Rae_vallavalitsus, lk 72
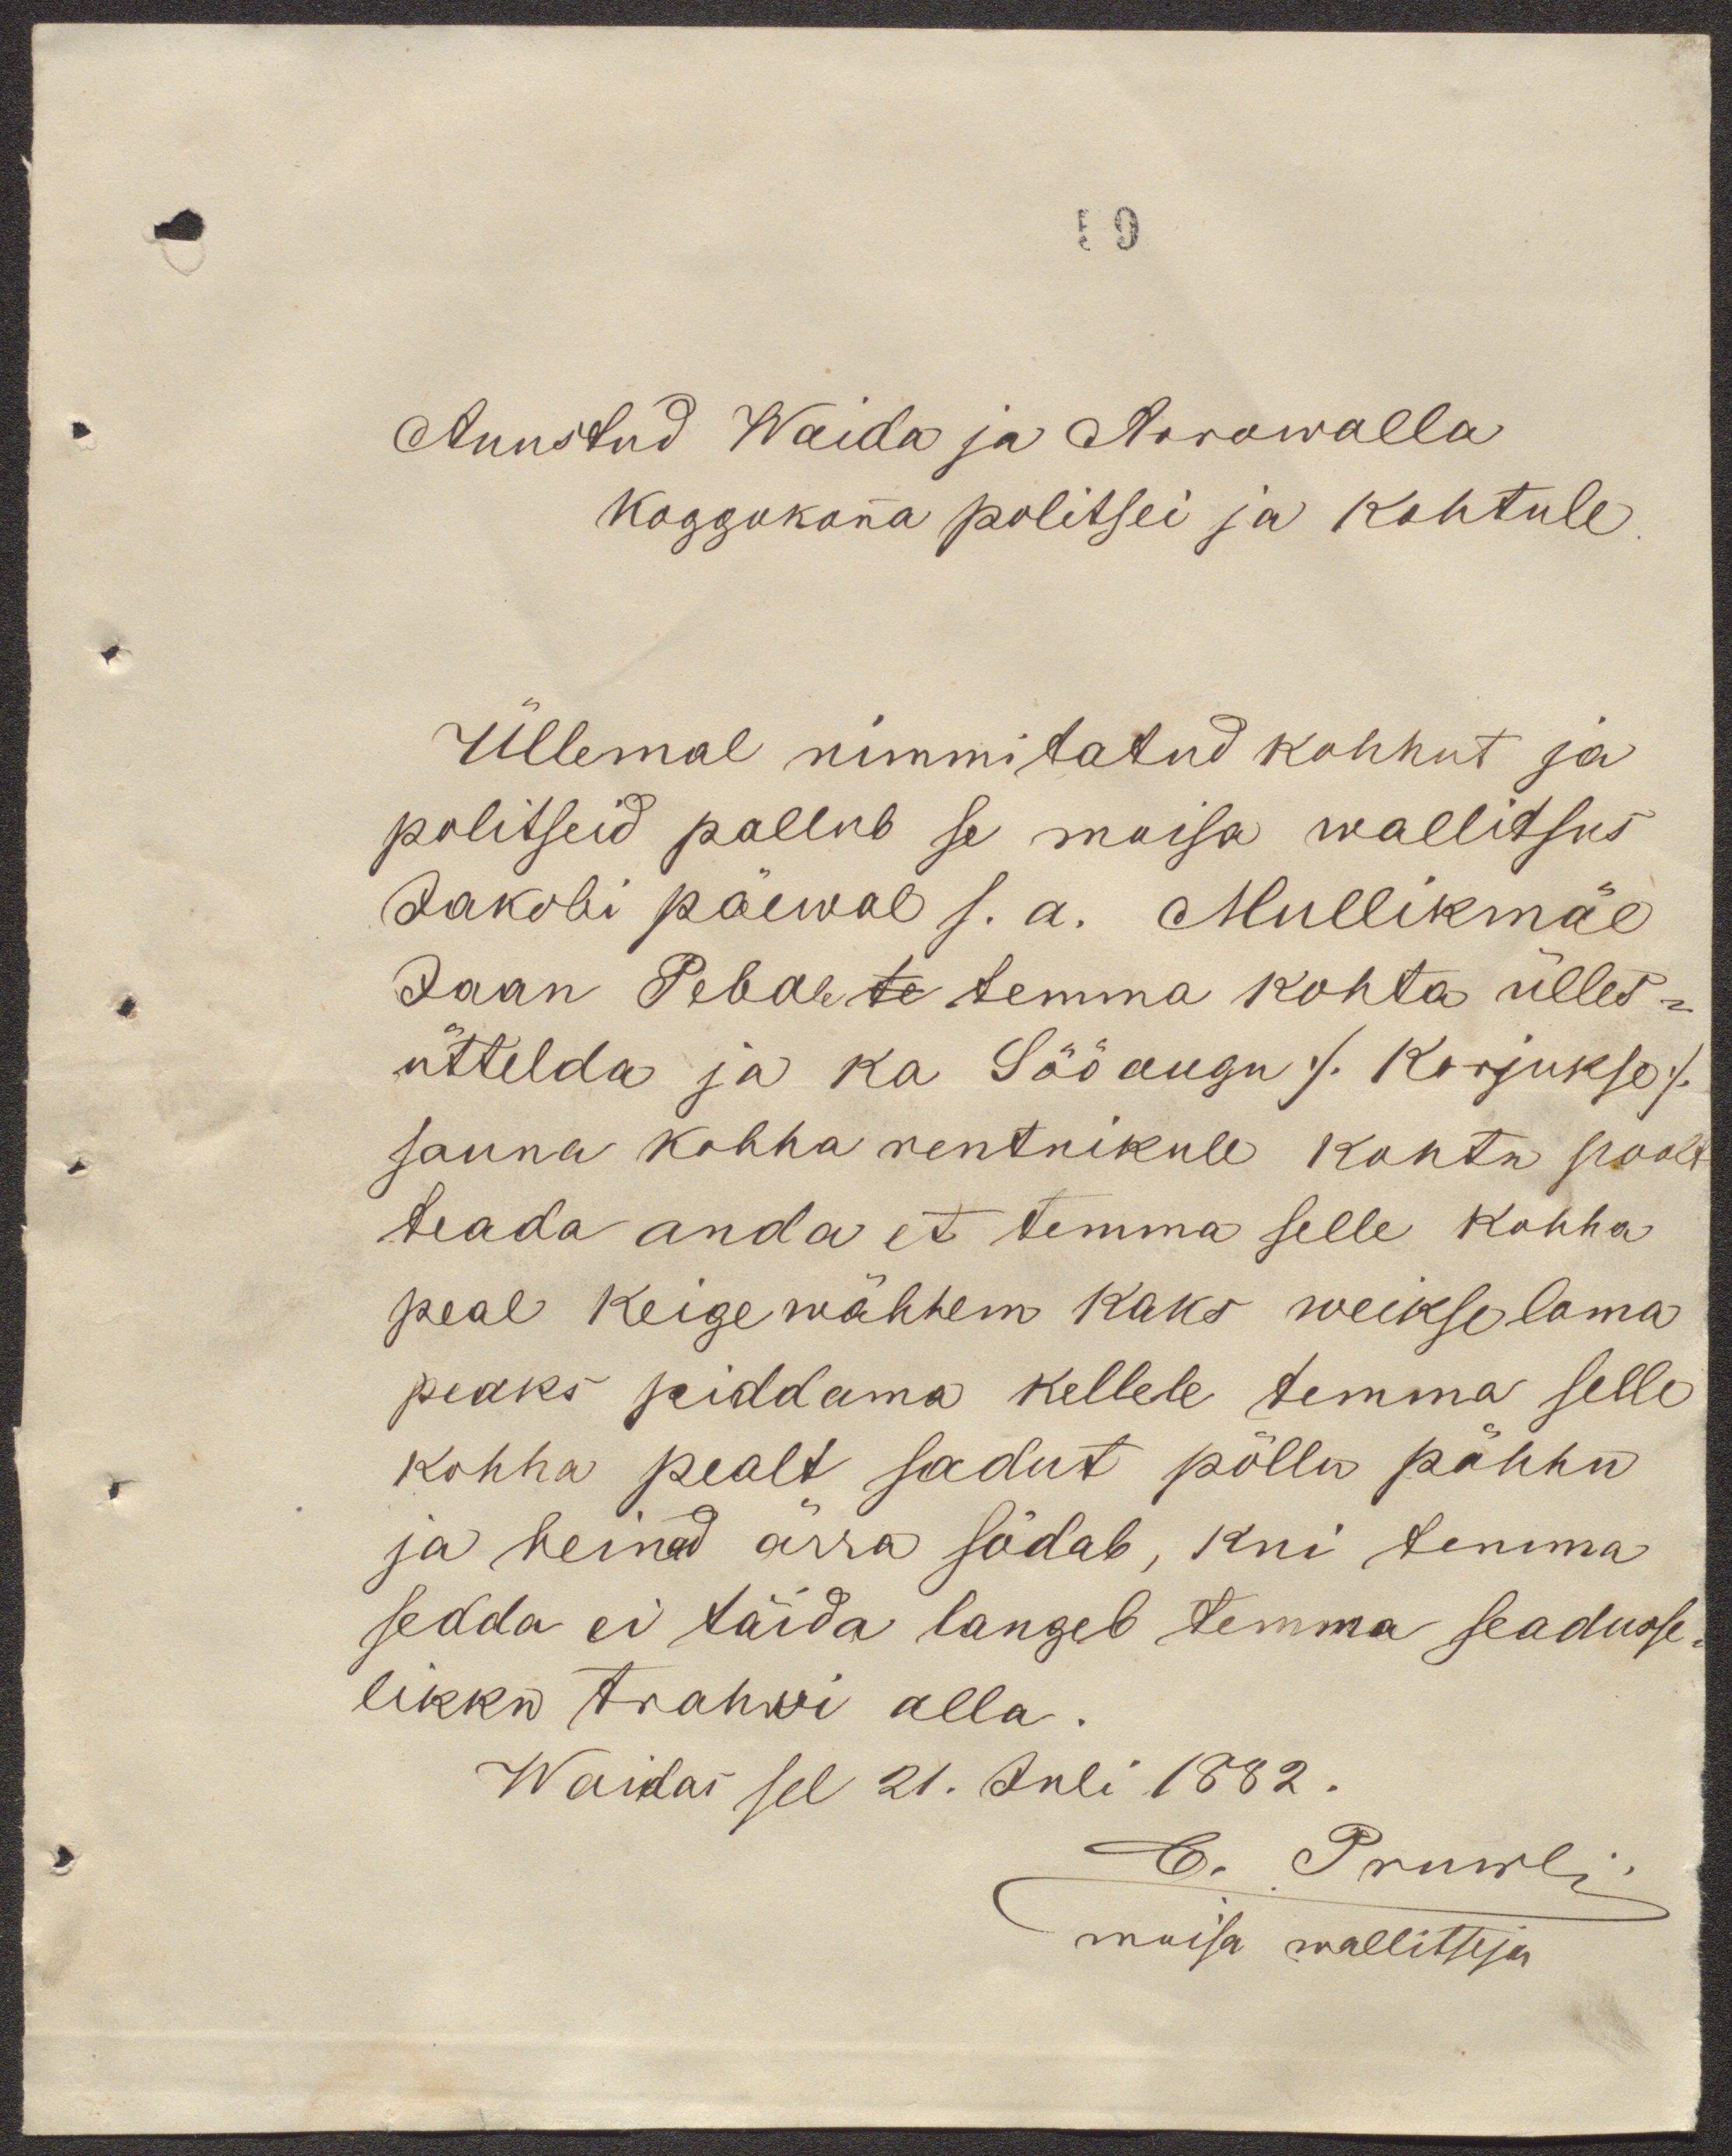
59
Auustud Waida ja Arrowalla
Koggukonna politsei ja kohtule.
Üllemal nimmitatud kohhut ja
politseid pallub se moisa wallitsus
Jakobi päewal s.a. Mullikmäe
Jaan Pebale te temma kohta ülles-
üttelda ja ka Sööaugu /Korjukso/
sauna kohha rentnikule kohtu poolt
teada anda et temma selle kohha
peal keige wähhem kaks weikse loma
peaks piddama kellele temma selle
kohha pealt sadut põllu põhhu
ja heinud ärra södab, kui temma
sedda ei täida langeb temma seadusse-
likku trahwi alla.
Waidas sel 21. Juli 1882.
C. Pruwli
moisa wallitseja